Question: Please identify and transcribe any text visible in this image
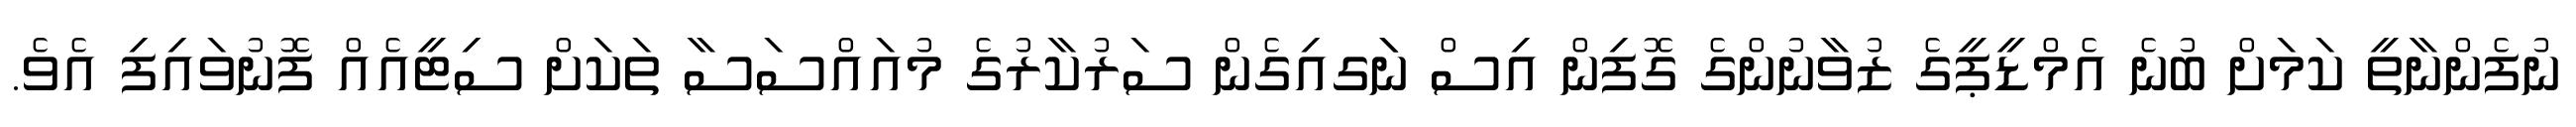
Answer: ނުފެންނާތީ ކަމަށް ބުނެ އެމްޑީޕީގެ ޒުވާނުންގެ ގޮފިން އިސް ނަަގއިގެން ސަރުކާރުގެ މުއައްސަސާ ތަކަށް ސިޓީއެއް ފޮނުވައިފި އެވެ.